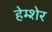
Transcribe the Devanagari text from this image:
हेम्शेर